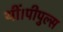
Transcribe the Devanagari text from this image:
थीं।पीपुल्स